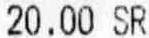
20.00 SR